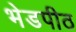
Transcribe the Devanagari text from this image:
भेडपीठ